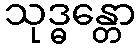
သုဒ္ဓန္တော